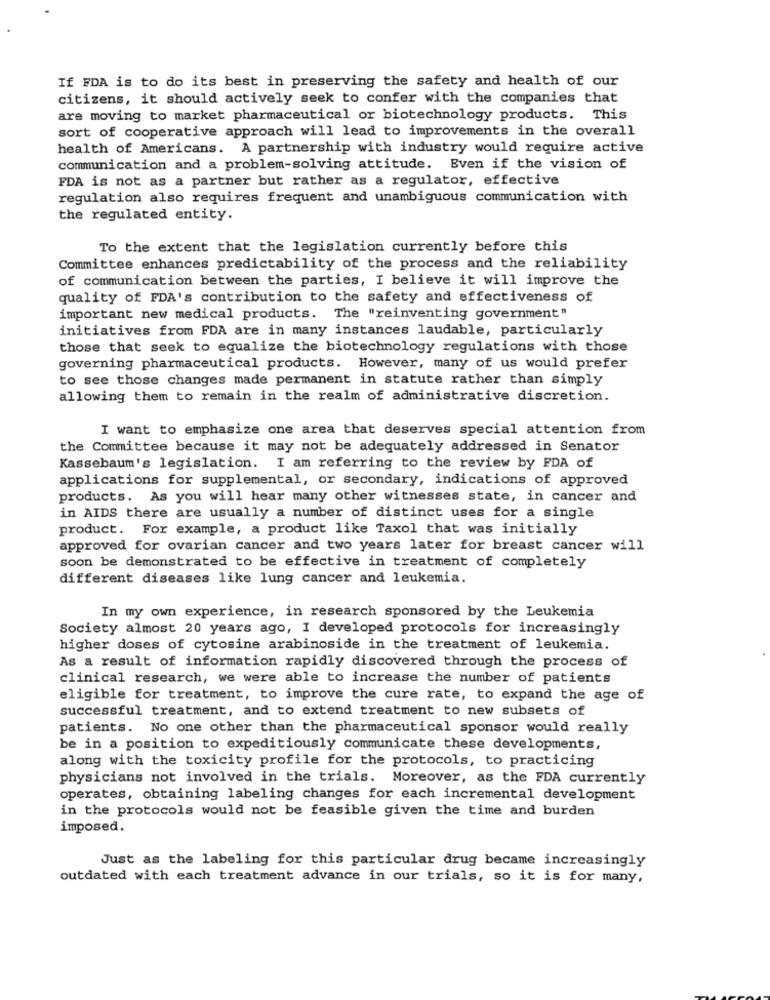
If FDA is to do its best in preserving the safety and health of our
citizens, it should actively seek to confer with the companies that
are moving to market pharmaceutical or biotechnology products. This
sort of cooperative approach will lead to improvements in the overall
health of Americans. A partnership with industry would require active
communication and a problem-solving attitude. Even if the vision of
FDA is not as a partner but rather as a regulator, effective
regulation also requires frequent and unambiguous communication with
the regulated entity.
To the extent that the legislation currently before this
Committee enhances predictability of the process and the reliability
of communication between the parties, I believe it will improve the
quality of FDA's contribution to the safety and effectiveness of
important new medical products. The "reinventing government"
initiatives from FDA are in many instances laudable, particularly
those that seek to equalize the biotechnology regulations with those
governing pharmaceutical products. However, many of us would prefer
to see those changes made permanent in statute rather than simply
allowing them to remain in the realm of administrative discretion.
I want to emphasize one area that deserves special attention from
the Committee because it may not be adequately addressed in Senator
Kassebaum's legislation. I am referring to the review by FDA of
applications for supplemental, or secondary, indications of approved
products. As you will hear many other witnesses state, in cancer and
in AIDS there are usually a number of distinct uses for a single
product. For example, a product like Taxol that was initially
approved for ovarian cancer and two years later for breast cancer will
soon be demonstrated to be effective in treatment of completely
different diseases like lung cancer and leukemia.
In my own experience, in research sponsored by the Leukemia
Society almost 20 years ago, I developed protocols for increasingly
higher doses of cytosine arabinoside in the treatment of leukemia.
As a result of information rapidly discovered through the process of
clinical research, we were able to increase the number of patients
eligible for treatment, to improve the cure rate, to expand the age of
successful treatment, and to extend treatment to new subsets of
patients. No one other than the pharmaceutical sponsor would really
be in a position to expeditiously communicate these developments,
along with the toxicity profile for the protocols, to practicing
physicians not involved in the trials. Moreover, as the FDA currently
operates, obtaining labeling changes for each incremental development
in the protocols would not be feasible given the time and burden
imposed.
Just as the labeling for this particular drug became increasingly
outdated with each treatment advance in our trials, so it is for many,